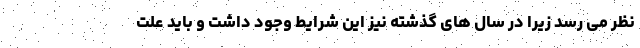
نظر می رسد زیرا در سال های گذشته نیز این شرایط وجود داشت و باید علت